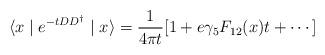
LaTeX: \begin{align*}\langle x\mid e^{-tDD^{\dagger}}\mid x\rangle=\frac{1}{4\pi t}[1+e\gamma_5F_{12}(x)t+\cdots ]\end{align*}